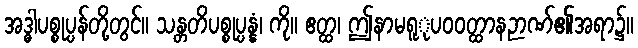
အဒ္ဓါပစ္စုပ္ပန်တို့တွင်။ သန္တတိပစ္စုပ္ပန္နံ၊ ကို။ ဧတ္ထ၊ ဤနာမရူုပဝဝတ္ထာနဉာဏ်၏အရာ၌။